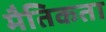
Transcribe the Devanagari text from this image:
मैतिकता